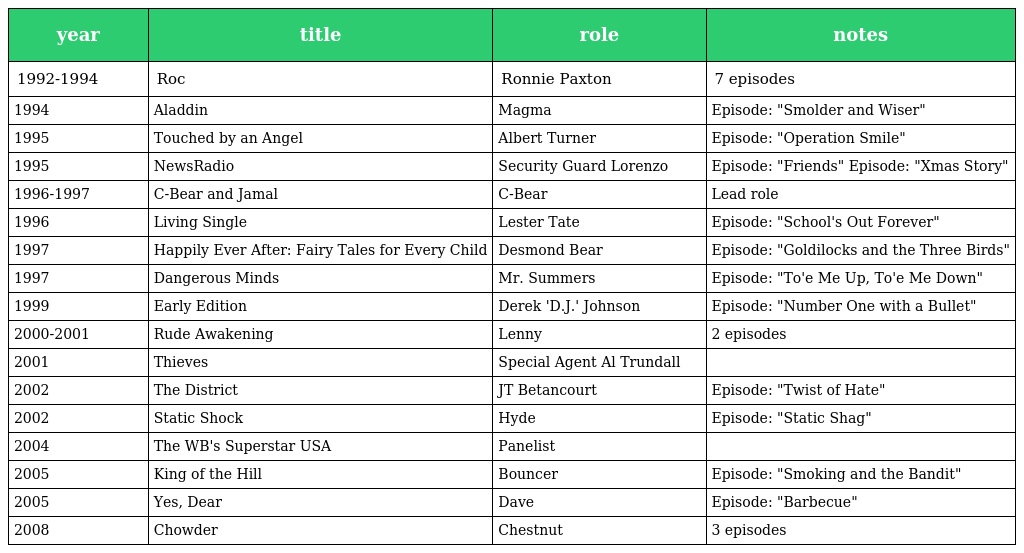
| year | title | role | notes |
 | --- | --- | --- | --- |
 | 1992-1994 | Roc | Ronnie Paxton | 7 episodes |
 | 1994 | Aladdin | Magma | Episode: "Smolder and Wiser" |
 | 1995 | Touched by an Angel | Albert Turner | Episode: "Operation Smile" |
 | 1995 | NewsRadio | Security Guard Lorenzo | Episode: "Friends" Episode: "Xmas Story" |
 | 1996-1997 | C-Bear and Jamal | C-Bear | Lead role |
 | 1996 | Living Single | Lester Tate | Episode: "School's Out Forever" |
 | 1997 | Happily Ever After: Fairy Tales for Every Child | Desmond Bear | Episode: "Goldilocks and the Three Birds" |
 | 1997 | Dangerous Minds | Mr. Summers | Episode: "To'e Me Up, To'e Me Down" |
 | 1999 | Early Edition | Derek 'D.J.' Johnson | Episode: "Number One with a Bullet" |
 | 2000-2001 | Rude Awakening | Lenny | 2 episodes |
 | 2001 | Thieves | Special Agent Al Trundall |  |
 | 2002 | The District | JT Betancourt | Episode: "Twist of Hate" |
 | 2002 | Static Shock | Hyde | Episode: "Static Shag" |
 | 2004 | The WB's Superstar USA | Panelist |  |
 | 2005 | King of the Hill | Bouncer | Episode: "Smoking and the Bandit" |
 | 2005 | Yes, Dear | Dave | Episode: "Barbecue" |
 | 2008 | Chowder | Chestnut | 3 episodes |